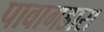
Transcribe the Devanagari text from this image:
पावागडास